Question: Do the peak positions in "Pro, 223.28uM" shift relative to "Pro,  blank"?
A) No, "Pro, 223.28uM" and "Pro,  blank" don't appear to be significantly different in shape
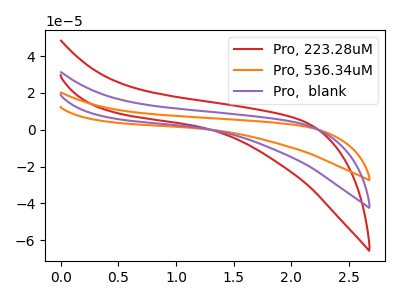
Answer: <think>The red curve "Pro, 223.28uM" has no peaks. The orange curve "Pro, 536.34uM" has no peaks. The purple curve "Pro,  blank" has no peaks.
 Neither "Pro, 223.28uM" or "Pro,  blank" have any peaks.</think>
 <answer>A) No, "Pro, 223.28uM" and "Pro,  blank" don't appear to be significantly different in shape</answer>
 <eval>A</eval>